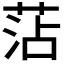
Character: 𮏝